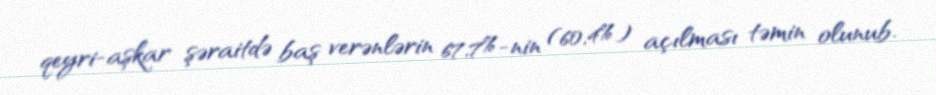
qeyri-aşkar şəraitdə baş verənlərin 67,7%-nin (60,4%) açılması təmin olunub.